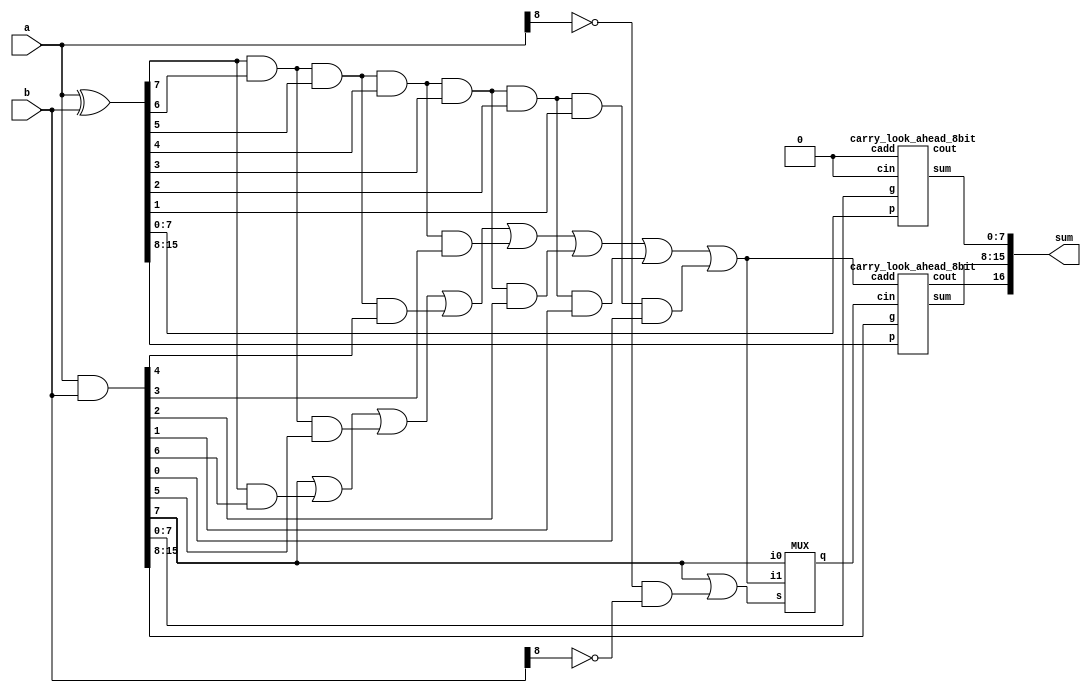
module eru16_8(a,b,sum);
input [15:0] a,b;
output [16:0] sum;
wire [15:0] p,g;
wire cadd,cout,c,sel;

assign p = a^b;
assign g = a&b;
assign cadd = g[7] | p[7]&g[6] | p[7]&p[6]&g[5] | p[7]&p[6]&p[5]&g[4] | p[7]&p[6]&p[5]&p[4]&g[3] | p[7]&p[6]&p[5]&p[4]&p[3]&g[2] | p[7]&p[6]&p[5]&p[4]&p[3]&p[2]&g[1] | p[7]&p[6]&p[5]&p[4]&p[3]&p[2]&p[1]&g[0];
assign sel = g[7] | (~a[8])&(~b[8]);


MUX cin1(cadd,g[7],sel,c);

carry_look_ahead_8bit cla1(p[7:0], g[7:0], 1'b0 , 1'b0, sum[7:0], cout);
carry_look_ahead_8bit cla2(p[15:8], g[15:8], c, cadd, sum[15:8], sum[16]);
endmodule

module carry_look_ahead_8bit(p,g, cin, cadd, sum,cout);
input [7:0] p,g;
input cin,cadd;
output [7:0] sum;
output cout;
wire [7:0] c;

assign c[0]=cin;
assign c[1]= g[0] | p[0]&c[0];
assign c[2]= g[1] | p[1]&g[0] | p[1]&p[0]&c[0];
assign c[3]= g[2] | p[2]&g[1] | p[2]&p[1]&g[0] | p[2]&p[1]&p[0]&c[0];
assign c[4]= g[3] | p[3]&g[2] | p[3]&p[2]&g[1] | p[3]&p[2]&p[1]&g[0] | p[3]&p[2]&p[1]&p[0]&c[0];
assign c[5]= g[4] | p[4]&g[3] | p[4]&p[3]&g[2] | p[4]&p[3]&p[2]&g[1] | p[4]&p[3]&p[2]&p[1]&g[0] | p[4]&p[3]&p[2]&p[1]&p[0]&c[0];
assign c[6]= g[5] | p[5]&g[4] | p[5]&p[4]&g[3] | p[5]&p[4]&p[3]&g[2] | p[5]&p[4]&p[3]&p[2]&g[1] | p[5]&p[4]&p[3]&p[2]&p[1]&g[0] | p[5]&p[4]&p[3]&p[2]&p[1]&p[0]&c[0];
assign c[7]= g[6] | p[6]&g[5] | p[6]&p[5]&g[4] | p[6]&p[5]&p[4]&g[3] | p[6]&p[5]&p[4]&p[3]&g[2] | p[6]&p[5]&p[4]&p[3]&p[2]&g[1] | p[6]&p[5]&p[4]&p[3]&p[2]&p[1]&g[0] | p[6]&p[5]&p[4]&p[3]&p[2]&p[1]&p[0]&c[0];
assign cout= g[7] | p[7]&g[6] | p[7]&p[6]&g[5] | p[7]&p[6]&p[5]&g[4] | p[7]&p[6]&p[5]&p[4]&g[3] | p[7]&p[6]&p[5]&p[4]&p[3]&g[2] | p[7]&p[6]&p[5]&p[4]&p[3]&p[2]&g[1] | p[7]&p[6]&p[5]&p[4]&p[3]&p[2]&p[1]&g[0] | p[7]&p[6]&p[5]&p[4]&p[3]&p[2]&p[1]&p[0]&c[0];
assign sum[7:1]=p[7:1]^c[7:1]; 
assign sum[0]=p[0]^c[0] | (~p[0])&(~g[0])&cadd; 
endmodule

module MUX(i1,i0,s,q);
output q;
input i1,i0,s;

assign q = i1&(~s) | i0&s;
endmodule